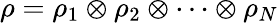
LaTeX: \rho=\rho_{1}\otimes\rho_{2}\otimes\cdots\otimes\rho_{N}